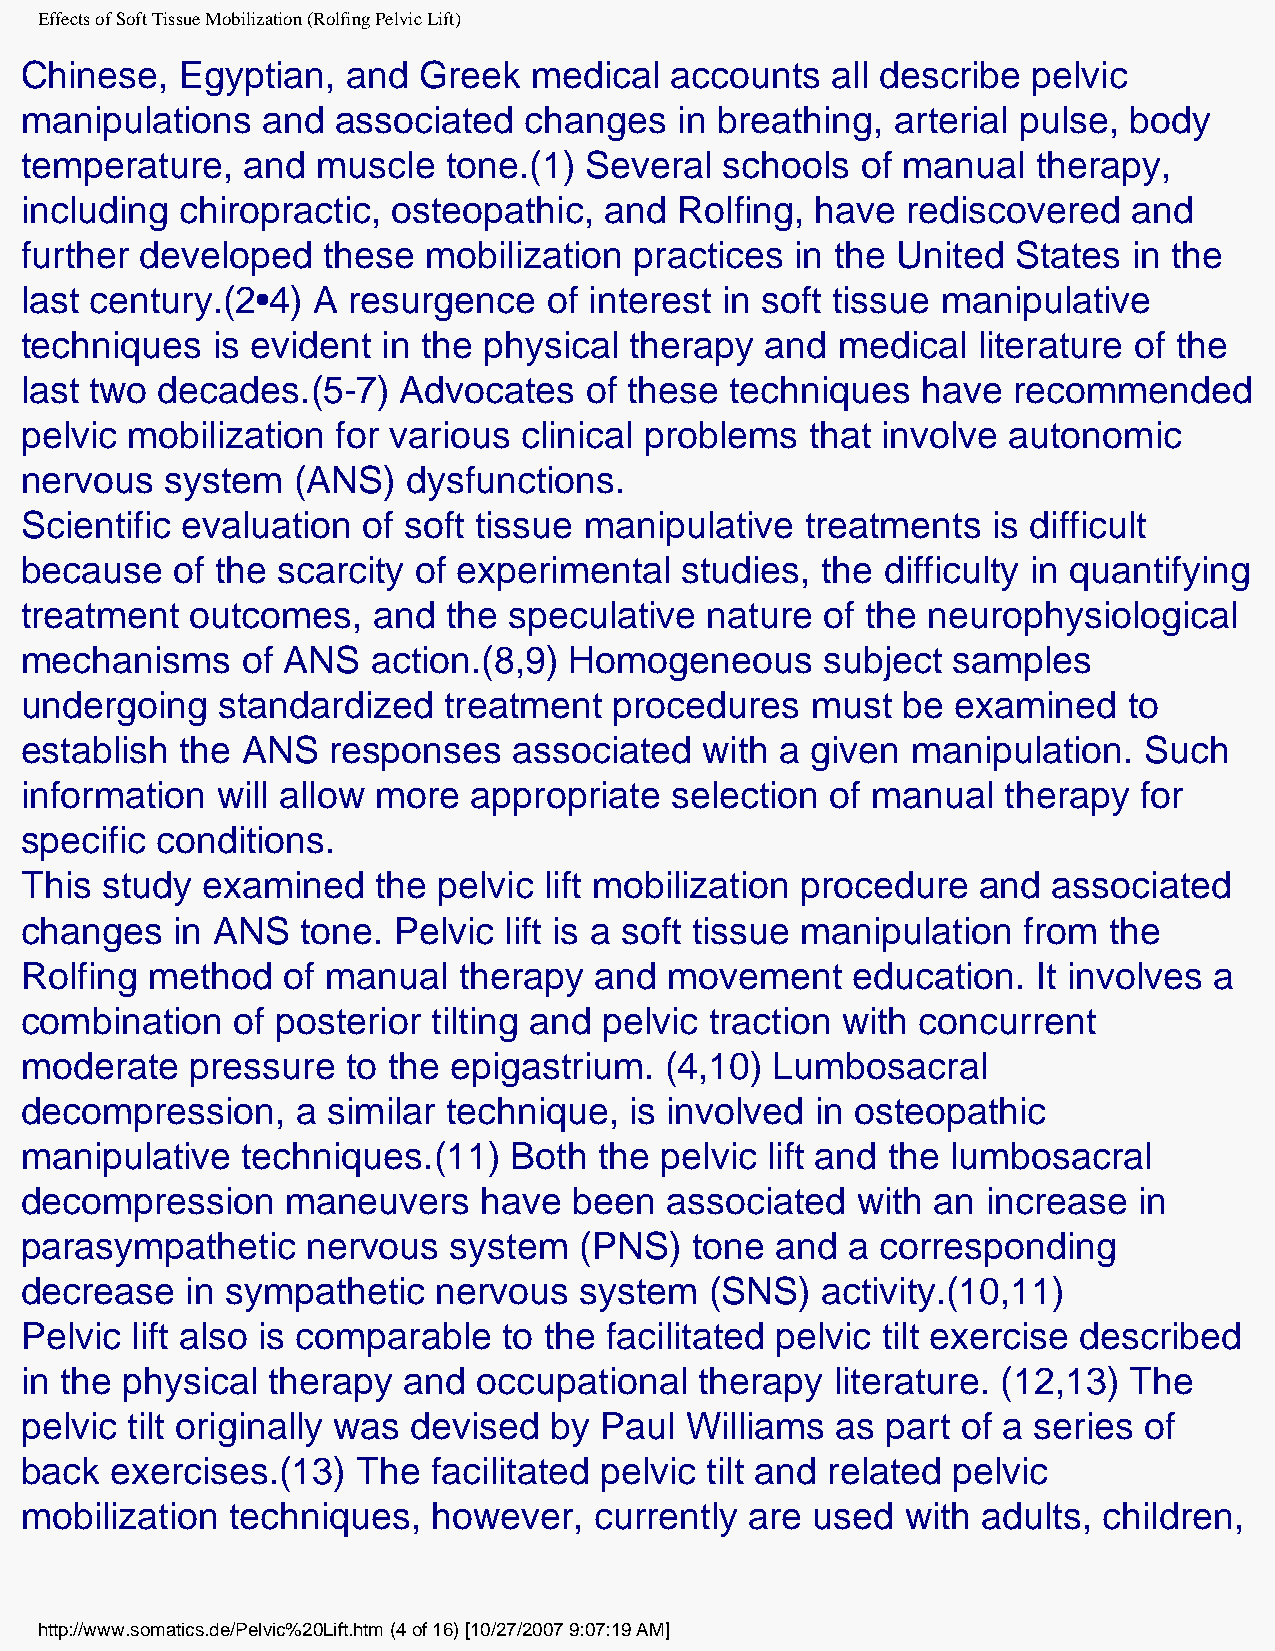
Effects of Soft Tissue Mobilization (Rolfing Pelvic Lift)
 Chinese,   Egyptian,  and  Greek  medical  accounts   all describe pelvic
 manipulations   and  associated   changes   in breathing, arterial pulse, body
 temperature,   and  muscle   tone.(1) Several  schools  of manual   therapy,
 including  chiropractic, osteopathic,  and  Rolfing, have  rediscovered   and
 further developed   these  mobilization  practices  in the United States  in the
 last century.(2•4)  A resurgence   of interest in soft tissue manipulative
 techniques   is evident in the physical  therapy  and medical   literature of the
 last two decades.(5-7)   Advocates    of these techniques   have  recommended
 pelvic mobilization  for various clinical problems   that involve autonomic
 nervous   system  (ANS)   dysfunctions.
 Scientific evaluation  of soft tissue manipulative  treatments   is difficult
 because   of the scarcity of experimental   studies, the  difficulty in quantifying
 treatment   outcomes,   and  the speculative  nature  of the neurophysiological
 mechanisms     of ANS   action.(8,9) Homogeneous      subject samples
 undergoing   standardized   treatment   procedures   must  be examined    to
 establish  the ANS   responses   associated   with a given manipulation.   Such
 information  will allow more  appropriate  selection  of manual   therapy for
 specific conditions.
 This  study examined    the pelvic lift mobilization procedure  and  associated
 changes   in ANS   tone. Pelvic lift is a soft tissue manipulation from the
 Rolfing  method   of manual  therapy  and  movement    education.   It involves a
 combination   of posterior  tilting and pelvic traction with concurrent
 moderate    pressure  to the epigastrium.  (4,10) Lumbosacral
 decompression,     a similar technique,  is involved in osteopathic
 manipulative   techniques.(11)   Both  the pelvic lift and the lumbosacral
 decompression     maneuvers    have  been  associated   with an increase  in
 parasympathetic    nervous   system  (PNS)   tone and  a corresponding
 decrease   in sympathetic   nervous  system   (SNS)  activity.(10,11)
 Pelvic  lift also is comparable to the facilitated pelvic tilt exercise described
 in the physical  therapy  and  occupational  therapy  literature. (12,13) The
 pelvic tilt originally was devised by  Paul Williams  as  part of a series of
 back  exercises.(13)   The  facilitated pelvic tilt and related pelvic
 mobilization  techniques,   however,  currently  are used  with adults, children,
 http://www.somatics.de/Pelvic%20Lift.htm (4 of 16) [10/27/2007 9:07:19 AM]